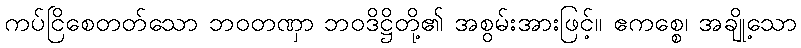
ကပ်ငြိစေတတ်သော ဘဝတဏှာ ဘဝဒိဋ္ဌိတို့၏ အစွမ်းအားဖြင့်။ ဧကစ္စေ၊ အချို့သော